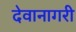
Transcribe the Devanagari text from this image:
देवानागरी